Scottish Leaving Certificate Examination, 1952
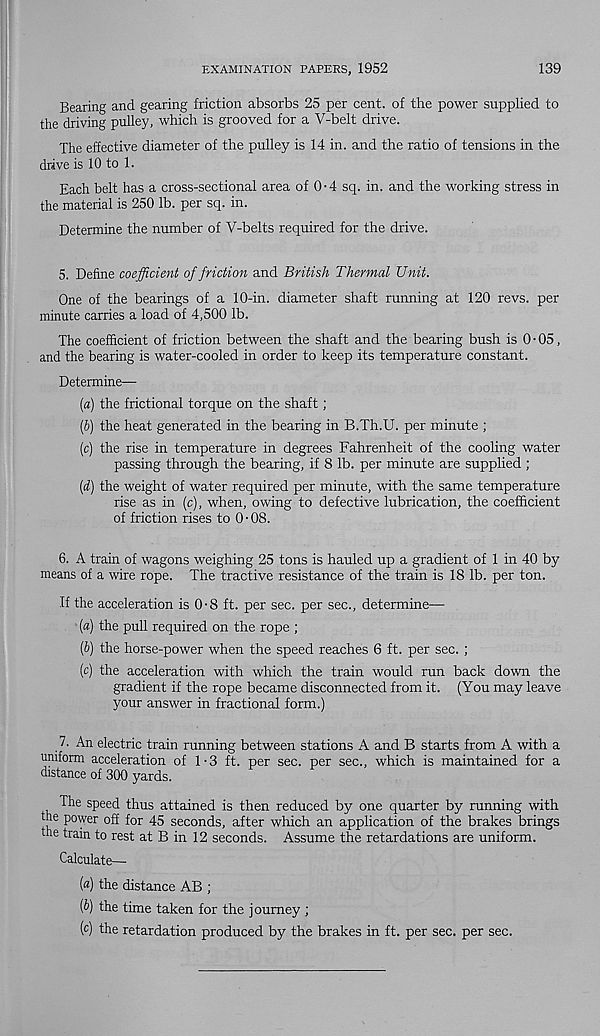
EXAMINATION PAPERS, 1952
139
Bearing and gearing friction absorbs 25 per cent, of the power supplied to
the driving pulley, which is grooved for a V-belt drive.
The effective diameter of the pulley is 14 in. and the ratio of tensions in the
drive is 10 to 1.
Each belt has a cross-sectional area of 0-4 sq. in. and the working stress in
the material is 250 lb. per sq. in.
Determine the number of V-belts required for the drive.
5. Define coefficient of friction and British Thermal Unit.
One of the bearings of a 10-in. diameter shaft running at 120 revs, per
minute carries a load of 4,500 lb.
The coefficient of friction between the shaft and the bearing bush is 0 • 05,
and the bearing is water-cooled in order to keep its temperature constant.
Determine—
{a) the frictional torque on the shaft;
(b) the heat generated in the bearing in B.Th.U. per minute ;
(c) the rise in temperature in degrees Fahrenheit of the cooling water
passing through the bearing, if 8 lb. per minute are supplied ;
(d) the weight of water required per minute, with the same temperature
rise as in (c), when, owing to defective lubrication, the coefficient
of friction rises to 0-08.
6. A train of wagons weighing 25 tons is hauled up a gradient of 1 in 40 by
means of a wire rope. The tractive resistance of the train is 18 lb. per ton.
if the acceleration is 0-8 ft. per sec. per sec., determine—
(a) the pull required on the rope ;
(5) the horse-power when the speed reaches 6 ft. per sec. ;
(c) the acceleration with which the train would run back down the
gradient if the rope became disconnected from it. (You may leave
your answer in fractional form.)
7. An electric train running between stations A and B starts from A with a
uniform acceleration of 1-3 ft. per sec. per sec., which is maintained for a
distance of 300 yards.
The speed thus attained is then reduced by one quarter by running with
the power off for 45 seconds, after which an application of the brakes brings
the train to rest at B in 12 seconds. Assume the retardations are uniform.
Calculate—■
(«) the distance AB ;
(&) the time taken for the journey ;
(c) the retardation produced by the brakes in ft. per sec. per sec.